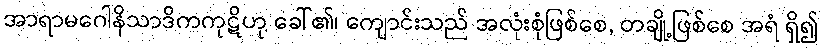
အာရာမဂေါနိသာဒိကကုဋိဟု ခေါ်၏၊ ကျောင်းသည် အလုံးစုံဖြစ်စေ, တချို့ဖြစ်စေ အရံ ရှိ၍